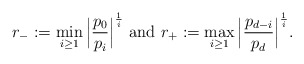
\begin{align*} r_-:= \min_{i\ge 1}\Big|\frac{p_0}{p_i}\Big|^{\frac{1}{i}}~{\rm and}~ r_+:=\max_{i\ge 1} \Big|\frac{p_{d-i}}{p_d}\Big|^{\frac{1}{i}}.\end{align*}